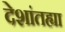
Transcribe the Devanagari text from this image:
देशांतह्या